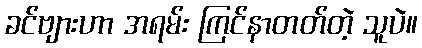
ခင်ဗျားဟာ အရမ်း ကြင်နာတတ်တဲ့ သူပဲ။